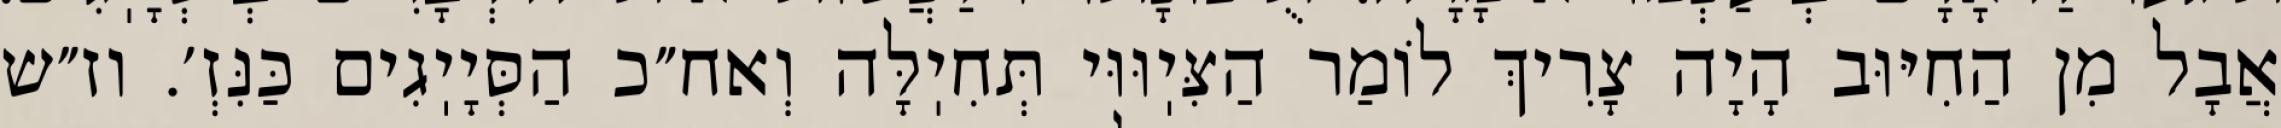
אֲבָל מִן הַחִיּוּב הָיָה צָרִיךְ לוֹמַר הַצִּיֽוּוּי תְּחִיֽלָּה וְאח״כ הַסְּיָיֽגִים כַּנִּזְ׳. וז״ש